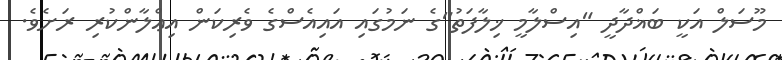
މޫސަލް އަކީ ބަޣްދާދީ "އިސްލާމީ ޚިލާފަތު"ގެ ނަމުގައި އައިއެސްގެ ވެރިކަން އިޢްލާންކުރި ރަށެވެ.